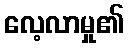
လေ့လာမှု၏